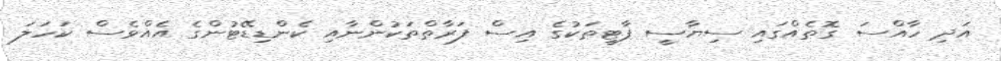
އަދި ހާއްސަ ގޮތެއްގައި ސިޔާސީ ޕާޓީތަކުގެ އިސް ފަރާތްތަކުންނާއި ކެންޑިޑޭޓުންގެ އެއްވެސް ކަހަލަ